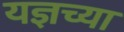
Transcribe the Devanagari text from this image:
यज्ञच्या